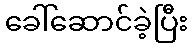
ခေါ်ဆောင်ခဲ့ပြီး